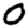
Digit: 0